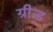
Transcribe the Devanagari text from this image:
ग्रीन्ड